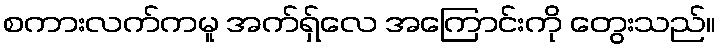
စကားလက်ကမူ အက်ရှ်လေ အကြောင်းကို တွေးသည်။